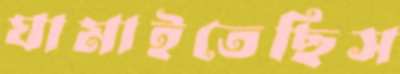
ঘামাইতেছিস